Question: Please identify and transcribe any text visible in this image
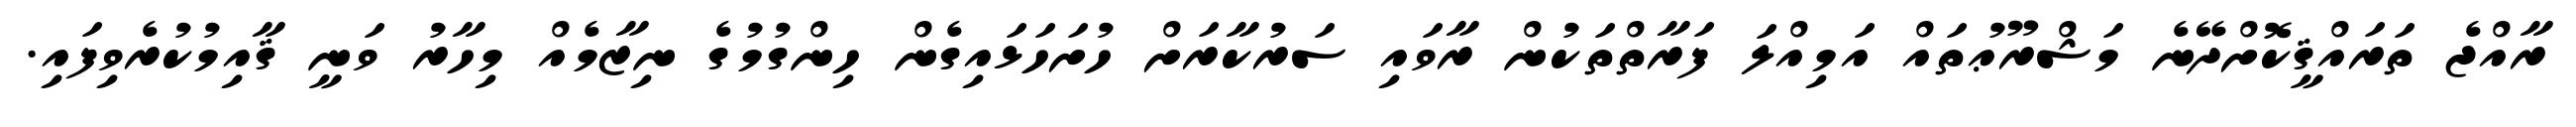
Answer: ރާއްޖެ ތަރައްޤީކޮށްދޭނެ މަޝްރޫޢުތައް އަމިއްލަ ފަރާތްތަކުން ރާވައި ސަރުކާރަށް ހުށަހަޅައިގެން ހިންގުމުގެ ނިޒާމެއް މިހާރު ވަނީ ޤާއިމުކުރެވިފައި.